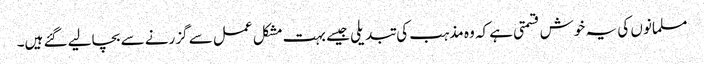
مسلمانوں کی یہ خوش قسمتی ہے کہ وہ مذہب کی تبدیلی جیسے بہت مشکل عمل سے گزرنے سے بچالیے گئے ہیں۔